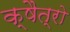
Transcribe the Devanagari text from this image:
क्षैत्रो